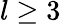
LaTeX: l\geq 3